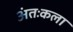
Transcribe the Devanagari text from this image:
अंतःकला